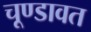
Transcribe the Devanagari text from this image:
चूण्डावत